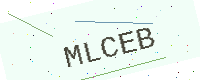
Text: MLCEB